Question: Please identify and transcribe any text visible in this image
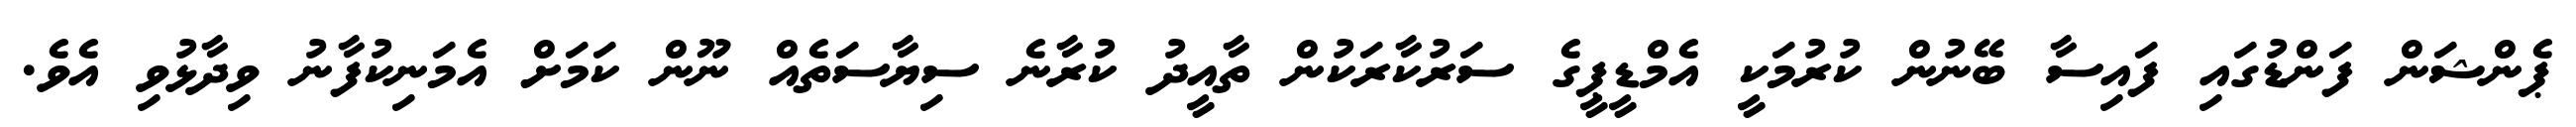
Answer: ޕެންޝަން ފަންޑުގައި ފައިސާ ބޭނުން ކުރުމަކީ އެމްޑީޕީގެ ސަރުކާރަކުން ތާއީދު ކުރާނެ ސިޔާސަތެއް ނޫން ކަމަށް އެމަނިކުފާނު ވިދާޅުވި އެވެ.